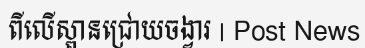
ពីលើស្ពានជ្រោយចង្វារ | Post News